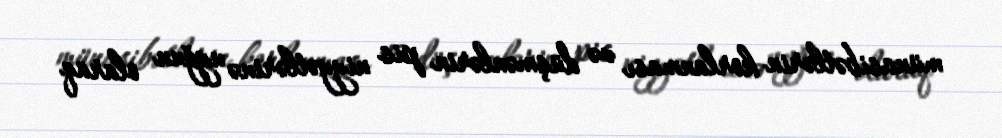
münasibətlərin korlanması və düşmənlərin pis niyyətlərinə uyğun olaraq